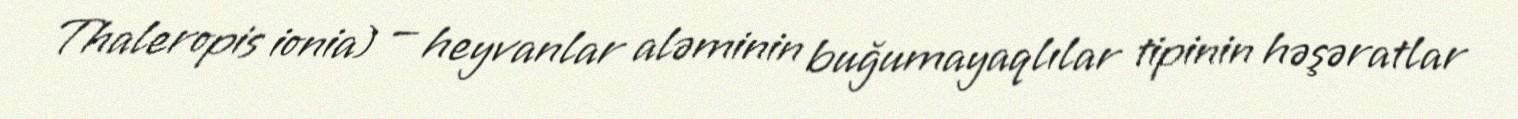
Thaleropis ionia) — heyvanlar aləminin buğumayaqlılar tipinin həşəratlar